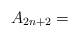
LaTeX: \begin{align*} A_{2n+2} = \end{align*}